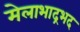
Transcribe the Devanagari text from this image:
मेलाभाद्रभद